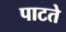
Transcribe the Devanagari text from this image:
पाटते